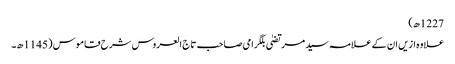
1227ھ)
علاوہ ازیں ان کے علامہ سید مرتضیٰ بلگرامی صاحب تاج العروس شرح قاموس (1145ھ۔